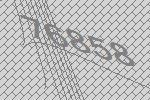
76858